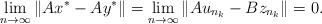
LaTeX: \begin{align*}\underset{n\to\infty}{\lim}\left\|Ax^{*}-Ay^{*}\right\|=\underset{n\to\infty}{\lim}\left\|Au_{n_{k}}-Bz_{n_{k}}\right\|=0.\end{align*}